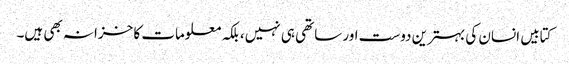
کتابیں انسان کی بہترین دوست اور ساتھی ہی نہیں، بلکہ معلومات کا خزانہ بھی ہیں۔